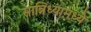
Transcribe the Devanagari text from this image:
सान्निध्यामध्ये